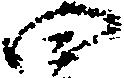
四